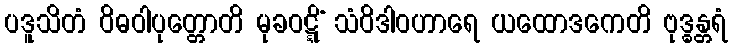
ပဒူသိတံ ဝိဓဝါပုတ္တောတိ မုခဝဋ္ဋိံ သံဝိဒါဝဟာရေ ယထောဒကေတိ ဗုဒ္ဓန္တရံ